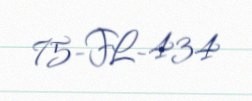
75-FL-434